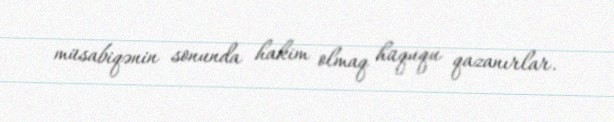
müsabiqənin sonunda hakim olmaq hüququ qazanırlar.